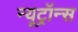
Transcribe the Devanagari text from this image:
न्यूट्रॉन्स